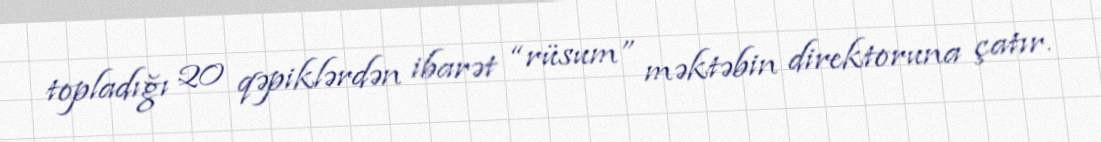
topladığı 20 qəpiklərdən ibarət “rüsum” məktəbin direktoruna çatır.